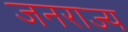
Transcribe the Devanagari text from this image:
जनराज्य